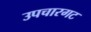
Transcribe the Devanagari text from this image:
उपचारगट